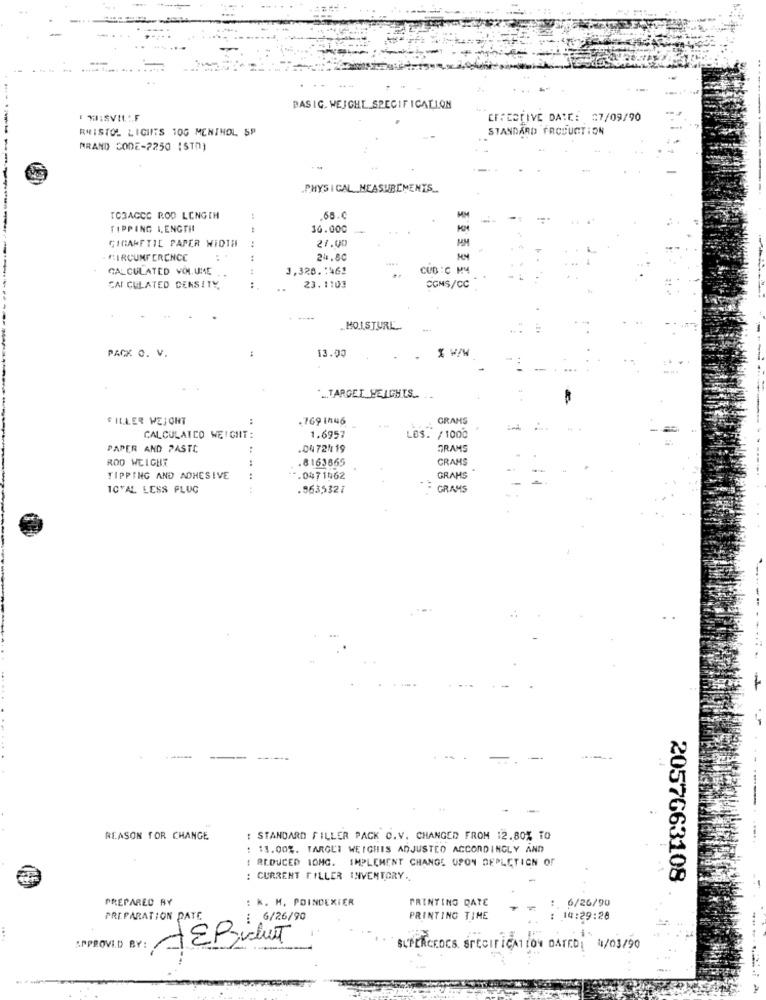
BASIC. WEIGHT SPECIFICALLON
EFFECTIVE DATE: 27/09/90
RMISTOL LIGHTS 10G MENINOL SP
STANDARD PRODUCTION
BRAND CODE-7250 ISTh)
- -
.PHYSICAL MEASUREMENTS_
MM
TOBACCO ROD LENGTH
68.0
TIPPING I.ENGTIL
30.000
CIGARETIL PAPER WIDTH
21.00
CIRCUMFERENCE
24.80
CALCULATED VOLUME
1,328.1462
CUB :C M4
CAI CULATED DENSITY,
23.1103
CGMS/CC
-----
MOISTURL
PACK O. V.
:
13.00
X W/M
.TARGET HEIGHTS
FILLER WEIGHT
7691146
GRAMS
CALCULATCO WEIGHT:
1.6957
LOS. / 1000
PAPER AND PASTE
:
04 72/ 19
FRAMS
ROD WEIGHT
.8163665
CRAMS
TIPPING AND ADHESIVE
.0471962
GRAMS
TOTAL LESS FLUG
.8635327
GRAMS
REASON FOR CHANGE
: STANDARD FILLER PACK O. V. CHANGED FROM 12.80% TO
: 11.00%. TARGLI WEIGHIS ADJUSTED ACCORDINGLY AND
: REDUCED IOMG. IMPLEMENT CHANGE UPON DEPLETION OF
: CURRENT FILLER INVENTORY ..
2057663108
PREPARED BY
: k. M. POINDEXIER
:, 6/26/90
PRINTING DATE
PREPARATION DATE
: 6/26/90
PRINTING TIME
: 14:29:28
....
APPROVED BY:
SUPERCEDES SPECIFICATION DATED: 1/03/90